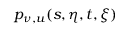
p _ { \nu , u } ( s , \eta , t , \xi )